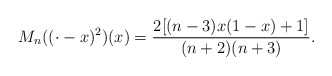
\begin{align*}M_n ((\cdot - x)^2)(x) = \frac{2[ (n-3)x(1-x) + 1]}{(n+2)(n+3)}.\end{align*}